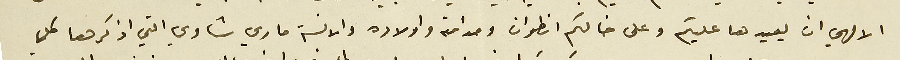
الالهي ان يعيدها عليكم وعلى خالكم انطوان ومدامته واولاده والانسة ماري شاوي التي اذكرها كلما